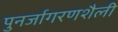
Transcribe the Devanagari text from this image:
पुनर्जागरणशैली